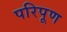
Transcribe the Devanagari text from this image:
परिपूण